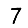
Digit: 7